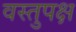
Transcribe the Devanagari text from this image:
वस्तुपक्ष